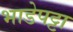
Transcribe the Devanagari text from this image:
भाडेपट्टा